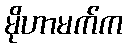
မိုဟာမက်က